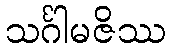
သင်္ဂါမဇိဿ